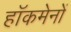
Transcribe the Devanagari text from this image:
हाॅकमेनों